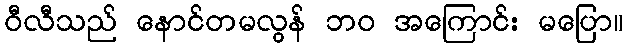
ဝီလီသည် နောင်တမလွန် ဘဝ အကြောင်း မပြော။